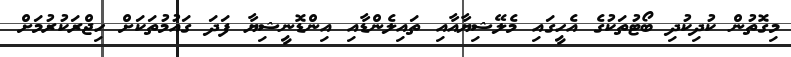
މިގޮތުން ކުދިކުދި ބޯޓުތަކުގެ އެހީގައި މެލޭޝިޔާއާއި ތައިލެންޑާއި އިންޑޮނީޝިޔާ ފަދަ ގައުމުތަކަށް ހިޖްރަކުރުމަށް